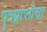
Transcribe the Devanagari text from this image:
पुत्रप्राप्‍तीचा